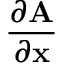
\frac { \partial { \mathbf A } } { \partial \mathbf x }